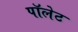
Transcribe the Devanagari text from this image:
पॉलेट